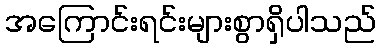
အကြောင်းရင်းများစွာရှိပါသည်